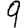
Digit: 9